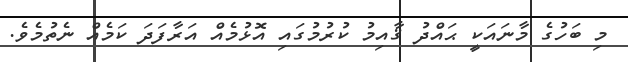
މި ބަހުގެ މާނައަކީ ޙައްދު ޤާއިމު ކުރުމުގައި އޮޅުމެއް އަރާފަދަ ކަމެއް ނެތުމެވެ.